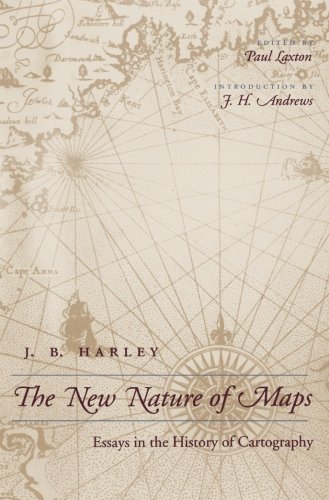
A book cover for The New Nature of Maps: Essays in the History of Cartography; J. B. Harley; Science & Math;